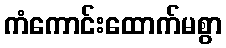
ကံကောင်းထောက်မစွာ